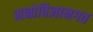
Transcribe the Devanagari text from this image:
मनोविज्ञानगत